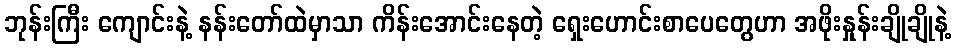
ဘုန်းကြီး ကျောင်းနဲ့ နန်းတော်ထဲမှာသာ ကိန်းအောင်းနေတဲ့ ရှေးဟောင်းစာပေတွေဟာ အဖိုးနှုန်းချိုချိုနဲ့